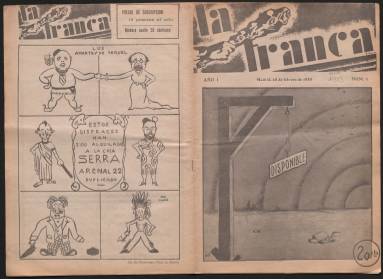
Título: La Tranca (Madrid)
Colección: Revistas de información general
Ámbito geográfico: Madrid
Lugar de publicación: Madrid
Fechas: 25/02/1933-01/04/1933